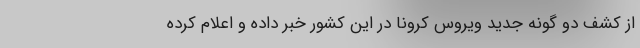
از کشف دو گونه جدید ویروس کرونا در این کشور خبر داده و اعلام کرده